Medical and sanitary report of the native army of Madras for the year
Year: 1876
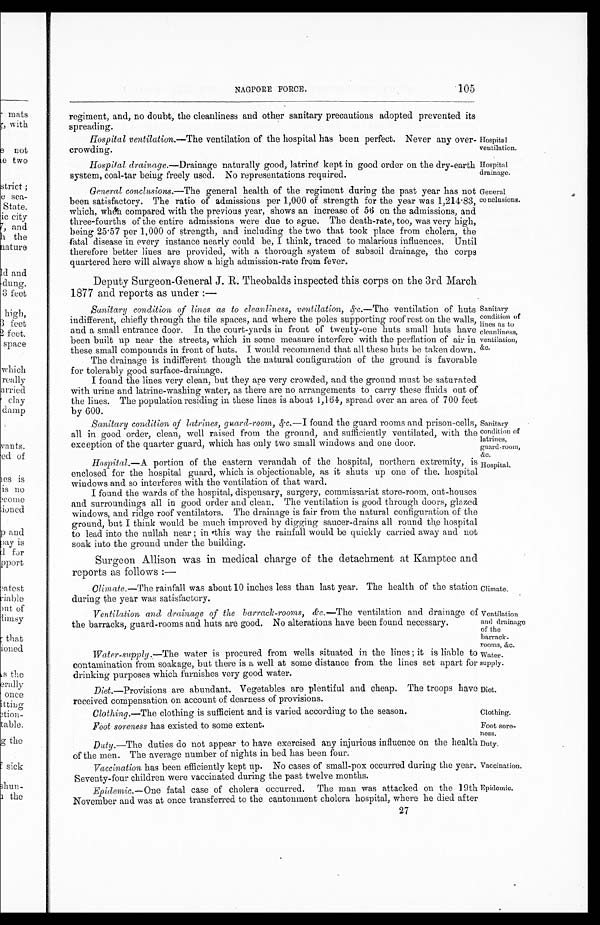
Hospital
ventilation.
Hospital
drainage.
General
conclusions.
Sanitary
condition of
latrines,
guard-room,
&c.
Hospital.
Ventilation
and drainage
of the
barrack-
rooms, &c.
wa t e r -
supply.
Diet.
Clothing.
Foot sore
-ness.
Duty.
Vaccination.
Epidemic.
NAGPORE FORCE.
105
regiment, and, no doubt, the cleanliness and other sanitary precautions adopted prevented its
spreading.
Hospital ventilation.—The ventilation of the hospital has been perfect. Never any over
-crowding.
Hospital drainage.
—Drainage naturally good, latrine kept in good order on the dry-earth
system, coal-tar being freely used. No representations required.
General conclusions.—The general health of the regiment during the past year has not
been satisfactory. The ratio of admissions per 1,000 of strength for the year was 1,214.83,
which, when compared with the previous year, shows an increase of 56 on the admissions, and
three-fourths of the entire admissions were due to ague. The death-rate, too, was very high,
being 25.57 per 1,000 of strength, and including the two that took place from cholera, the
fatal disease in every instance nearly could be, I think, traced to malarious influences. Until
therefore better lines are provided, with a thorough system of subsoil drainage, the corps
quartered here will always show a high admission-rate from fever.
Deputy Surgeon-General J. R. Theobalds inspected this corps on the 3rd March
1877 and reports as under :—
Sanitary condition of lines as to cleanliness, ventilation, &c .—The ventilation of huts
indifferent, chiefly through the tile spaces, and where the poles supporting roof rest on the walls,
and a small entrance door. In the court-yards in front of twenty-one huts small huts have
been built up near the streets, which in some measure interfere with the perflation of air in
these small compounds in front of huts. I would recommend that all these huts be taken down.
The drainage is indifferent though the natural configuration of the ground is favorable
for tolerably good surface-drainage.
I found the lines very clean, but they are very crowded, and the ground must be saturated
with urine and latrine-washing water, as there are no arrangements to carry these fluids out of
the lines. The population residing in these lines is about l,164, spread over an area of 700 feet
by 600.
Sanitary
condition of
lines as to
cleanliness,
ventilation,
&c.
Sanitary condition of latrines, guard-room,&c.—I found the guard rooms and prison-cells,
all in good order, clean, well raised from the ground, and sufficiently ventilated, with the
exception of the quarter guard, which has only two small windows and one door.
Hospital.— A portion of the eastern verandah of the hospital, northern extremity, is
enclosed for the hospital guard, which is objectionable, as it shuts up one of the hospital
windows and so interferes with the ventilation of that ward.
I found the wards of the hospital, dispensary, surgery, commissariat store-room, out-houses
and surroundings all in good order and clean. The ventilation is good through doors, glazed
windows, and ridge roof ventilators. The drainage is fair from the natural configuration of the
ground, but I think would be much improved by digging saucer-drains all round the hospital
to lead into the nullah near ; in this way the rainfall would be quickly carried away and not
soak into the ground under the building.
Surgeon Allison was in medical charge of the detachment at Kamptee and
reports as follows :—
Climate.—The rainfall was about 10 inches less than last year. The health of the station
during the year was satisfactory.
Climate.
Ventilation, and drainage of the barrack-rooms, &c.— The ventilation and drainage of
the barracks, guard-rooms and huts are good. No alterations have been found necessary.
Water-supply.— The water is procured from wells situated in the lines ; it is liable to
contamination from soakage, but there is a well at some distance from the lines set apart for
drinking purposes which furnishes very good water.
Diet. —Provisions are abundant. Vegetables are plentiful and cheap. The troops have
received compensation on account of dearness of provisions.
Clothing.—The clothing is sufficient and is varied according to the season.
Foot soreness has existed to some extent.
Duty .—The duties do not appear to have exercised any injurious influence on the health
of the men. The average number of nights in bed has been four.
Vaccination has been efficiently kept up. No cases of small-pox occurred during the year.
Seventy-four children were vaccinated during the past twelve months.
Epidemic.— One fatal case of cholera occurred. The man was attacked on the 19th
November and was at once transferred to the cantonment cholera hospital, where he died after
27